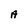
Character: A